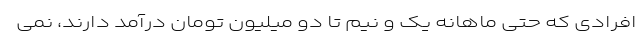
افرادی که حتی ماهانه یک و نیم تا دو میلیون تومان درآمد دارند، نمی